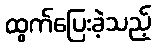
ထွက်ပြေးခဲ့သည့်